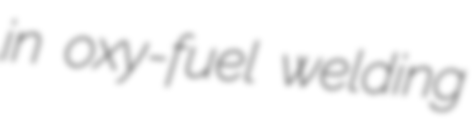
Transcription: in oxy-fuel welding